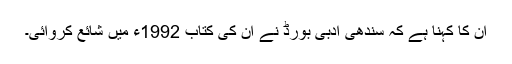
ان کا کہنا ہے کہ سندھی ادبی بورڈ نے ان کی کتاب 1992ء میں شائع کروائی۔